Lunatic asylums United Prov. 1922-30 - 1922-1930
Year: 1922
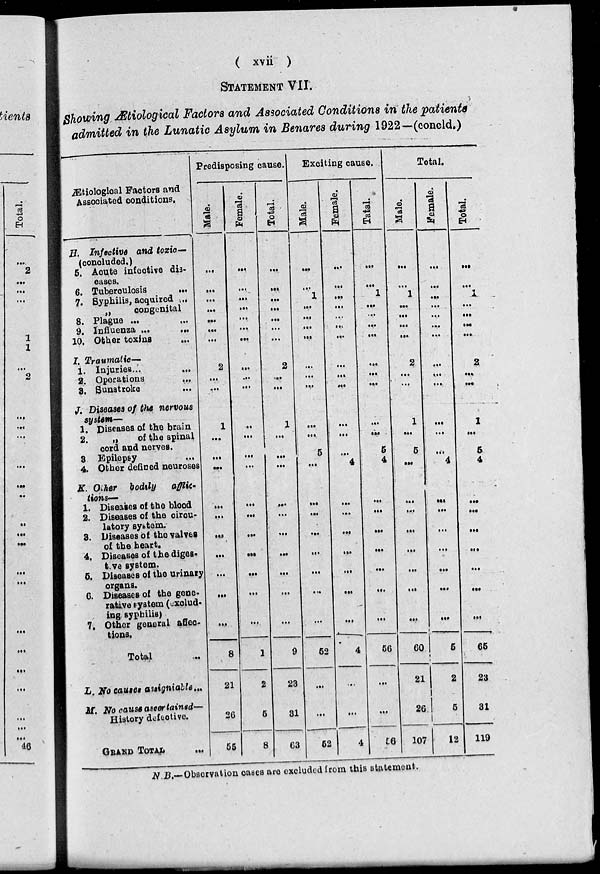
( xvii )
STATEMENT VII.
Showing Ætiological Factors and Associated Conditions in the patients
admitted in the Lunatic Asylum in Benares during 1922—(concld.)
Ætiological Factors and
Associated conditions.
H. Infective and toxic—
(concluded.)
5. Aoute infective dis-
eases.
6. Tuberculosis ...
7. Syphilis, acquired ...
„
congenital
8. Plague ...
9. Influenza ...
...
10. Other toxins ...
I. Traumatic—
1. Injuries...
...
2. Operations ...
3. Sunstroke
...
J. Diseases of the nervous
system—
1. Diseases of the brain
2.
„
of the spinal
cord and nerves.
3. Epilepsy ...
4. Other defined neuroses
K. Other bodily
afflic-
tions—
1. Diseases of the blood
2. Diseases of the circu-
latory system.
3. Diseases of the valves
of the heart.
4. Diseases of the diges-
tive system.
5. Diseases of the urinary
organs.
6. Diseases of the gene-
rative system (exclud-
ing syphilis)
7. Other general aflec-
tions.
Total
...
L. No causes assignable ...
M. No cause ascertained—
History defective.
GRAND TOTAL
...
Predisposing cause.
Male.
...
...
...
...
...
...
...
2
...
...
1
...
...
...
...
...
...
...
...
...
...
8
21
26
55
Female.
...
...
...
...
...
...
...
...
...
...
...
...
...
...
...
...
...
...
...
...
...
1
2
5
8
Total.
...
...
...
...
...
...
...
2
...
...
1
...
...
...
...
...
...
...
...
...
...
9
23
31
63
Exciting cause.
Male.
...
...
1
...
...
...
...
...
...
...
...
...
5
...
...
...
...
...
...
...
...
62
...
...
62
Female.
...
...
...
...
...
...
...
...
...
...
...
...
...
4
...
...
...
...
...
...
...
4
...
...
4
Total.
...
...
1
...
...
...
...
...
...
...
...
...
5
4
...
...
...
...
...
...
...
66
...
...
66
Total.
Male.
...
...
1
...
...
...
...
2
...
...
1
...
5
...
...
...
...
...
...
...
...
60
21
26
107
Female.
...
...
...
...
...
...
...
...
...
...
...
...
...
4
...
...
...
...
...
...
...
5
2
5
12
Total.
...
...
...
...
...
...
2
...
...
1
...
5
4
...
...
...
...
...
...
...
66
23
31
119
N.B.—Observation cases are excluded from this statement.